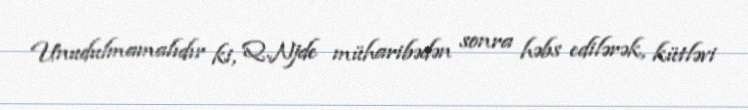
Unudulmamalıdır ki, Q.Njde müharibədən sonra həbs edilərək, kütləvi